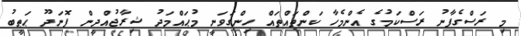
މި ރަސްގެފާނު ރަސްކަމުގެ އެންމެހާ ކަންތައްތައް ހިންގަވަނީ މުޙައްމަދު ޝިރާޖުއްދީން ފޮނަދޫ ޙަޠީބު